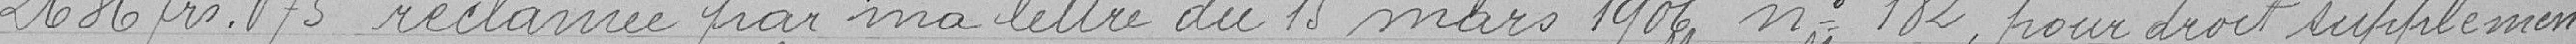
2636 frs 75 réclamée par ma lettre du 15 mars 1906 n°182, pour droit supplémen-